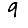
Digit: 9